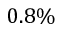
0 . 8 \%